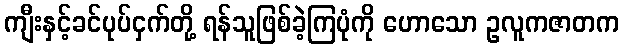
ကျီးနှင့်ခင်ပုပ်ငှက်တို့ ရန်သူဖြစ်ခဲ့ကြပုံကို ဟောသော ဥလူကဇာတက